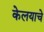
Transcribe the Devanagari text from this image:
केलयाचे